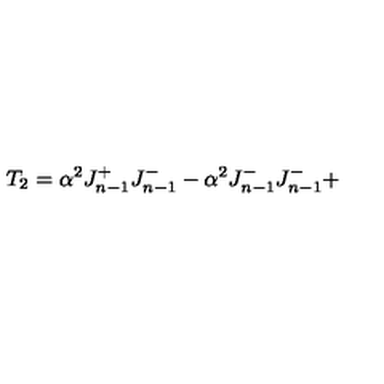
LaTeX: T _ { 2 } = \alpha ^ { 2 } J _ { n - 1 } ^ { + } J _ { n - 1 } ^ { - } - \alpha ^ { 2 } J _ { n - 1 } ^ { - } J _ { n - 1 } ^ { - } +